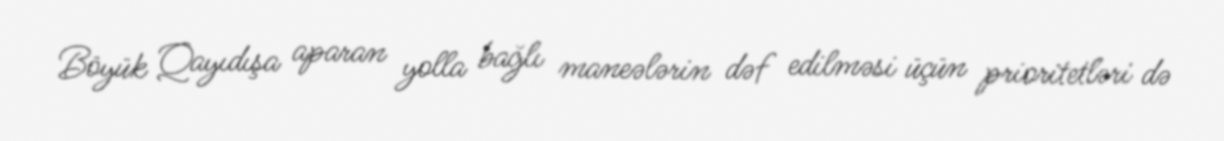
Böyük Qayıdışa aparan yolla bağlı maneələrin dəf edilməsi üçün prioritetləri də